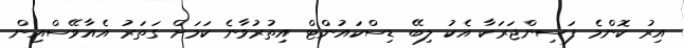
އިރު ކޮންމެ ފަސިންޖަރަކާ އެކު ލިބޭ ޑިސްކައުންޓް އިތުރުވާނެ ކަމަށް ގަތަރު އެއާވޭސްއިން